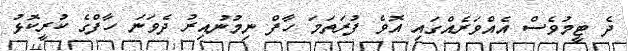
ދެ ޓީމުވެސް އެއްވަރެއްގައި އޮވެ ފުރަތަމަ ހާފް ނިމުނުއިރު ދެވަނަ ހާފްގެ ކުރީކޮޅު